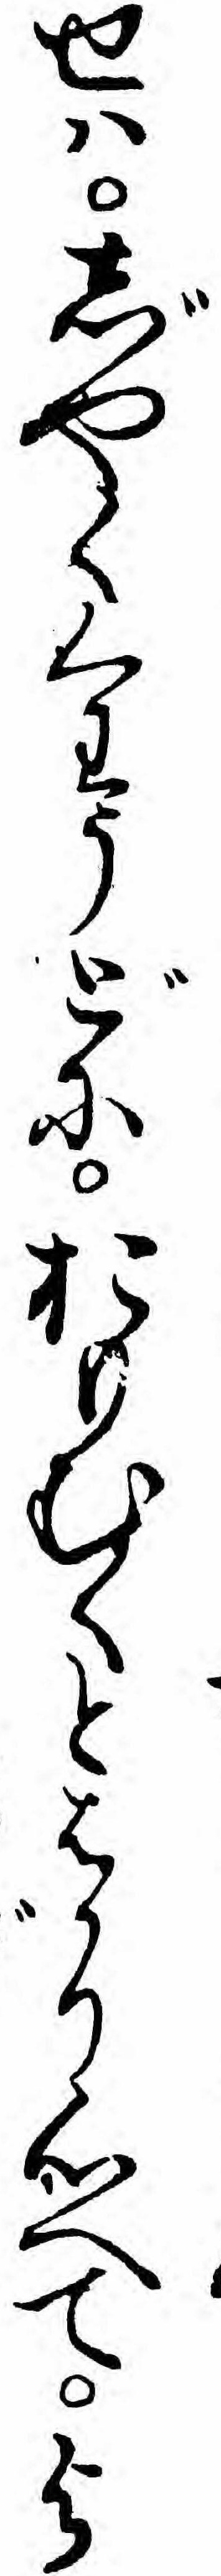
せハじやくくわうどにおもむくとはかり心へてよ